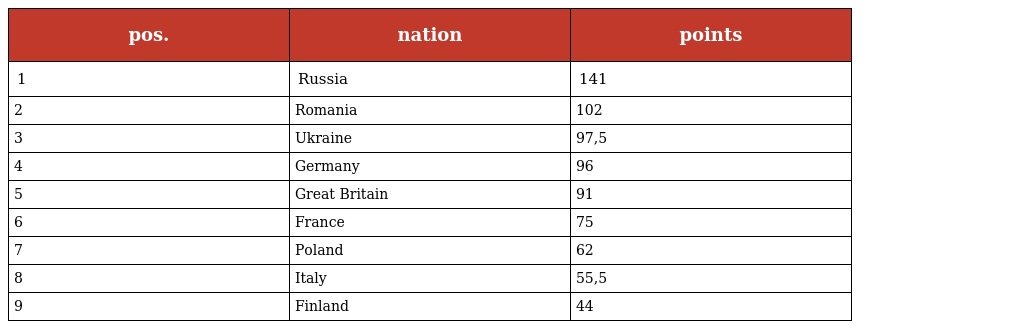
| pos. | nation | points |
 | --- | --- | --- |
 | 1 | Russia | 141 |
 | 2 | Romania | 102 |
 | 3 | Ukraine | 97,5 |
 | 4 | Germany | 96 |
 | 5 | Great Britain | 91 |
 | 6 | France | 75 |
 | 7 | Poland | 62 |
 | 8 | Italy | 55,5 |
 | 9 | Finland | 44 |